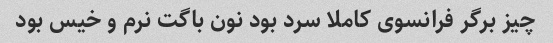
چیز برگر فرانسوی کاملا سرد بود نون باگت نرم و خیس بود